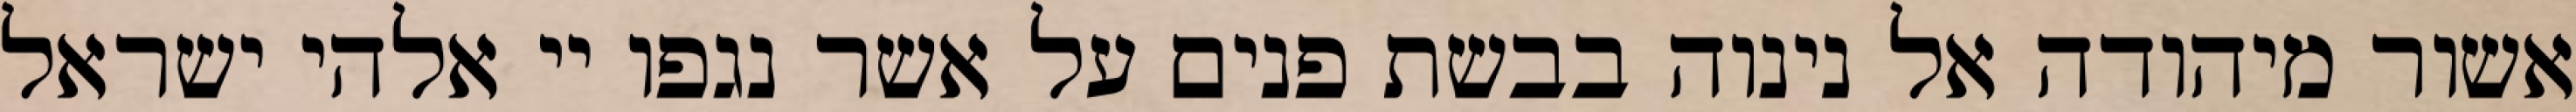
אשור מיהודה אל נינוה בבשת פנים על אשר נגפו יי אלהי ישראל